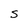
Character: S